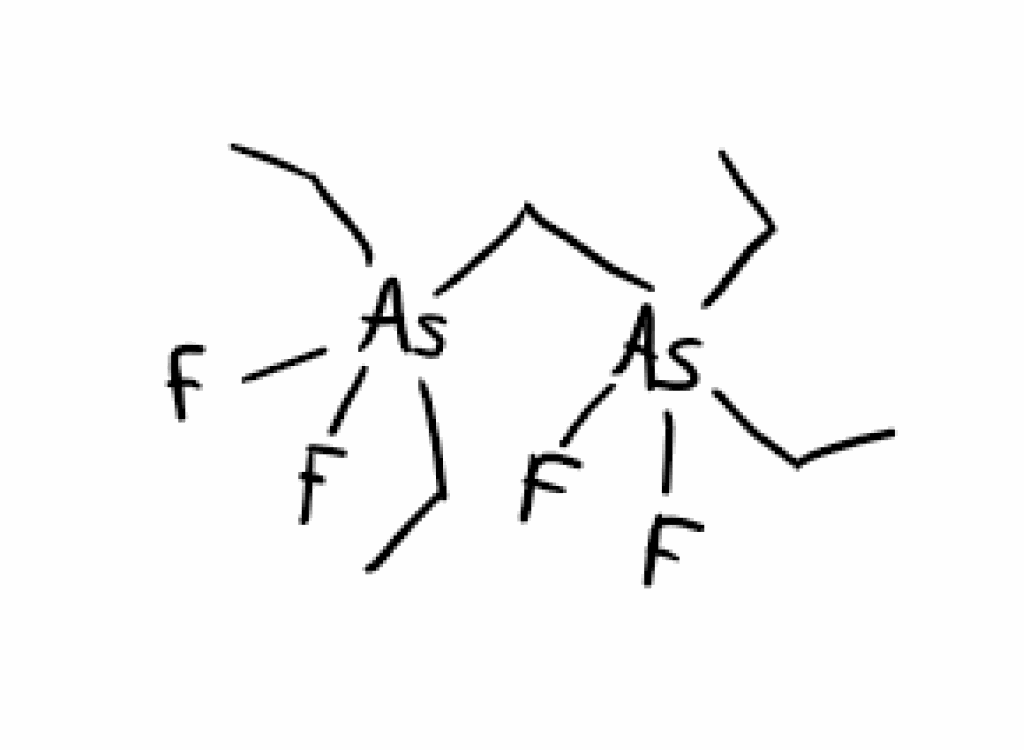
Simplified molecular-input line-entry system (SMILES) notation of the given molecule:
CC[As](CC)(C[As](CC)(CC)(F)F)(F)F